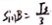
\sin B = \frac { \sqrt { 3 } } { 3 }